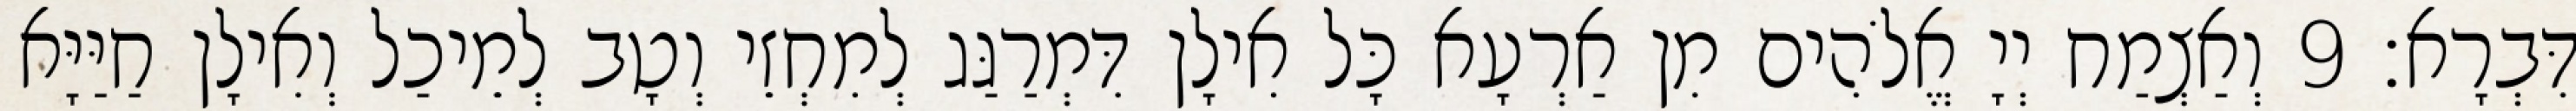
דִּבְרָא׃ 9 וְאַצְמַח יְיָ אֱלֹהִים מִן אַרְעָא כָּל אִילָן דִּמְרַגַּג לְמִחְזֵי וְטָב לְמֵיכַל וְאִילָן חַיַּיָּא